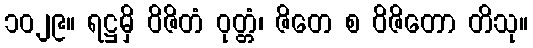
၁၀၂၉။ ရဋ္ဌမှိ ဝိဇိတံ ဝုတ္တံ၊ ဇိတေ စ ဝိဇိတော တိသု။